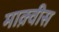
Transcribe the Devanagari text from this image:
माक़्वीस